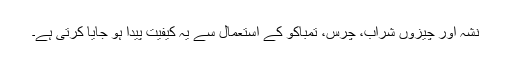
نشہ آور چیزوں شراب، چرس، تمباکو کے استعمال سے یہ کیفیت پیدا ہو جایا کرتی ہے۔